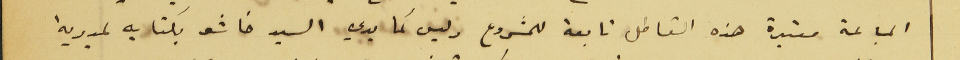
المباعة معتبرة هذه القساطل تابعة للمشروع وليس كما يدعي السيد خاشو بكتابه لمديرية